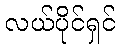
လယ်ပိုင်ရှင်